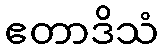
ဧတာဒိသံ